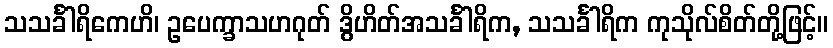
သသင်္ခါရိကေဟိ၊ ဥပေက္ခာသဟဂုတ် ဒွိဟိတ်အသင်္ခါရိက, သသင်္ခါရိက ကုသိုလ်စိတ်တို့ဖြင့်။